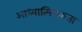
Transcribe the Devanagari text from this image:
आध्यात्मिमकता